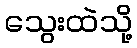
သွေးထဲသို့